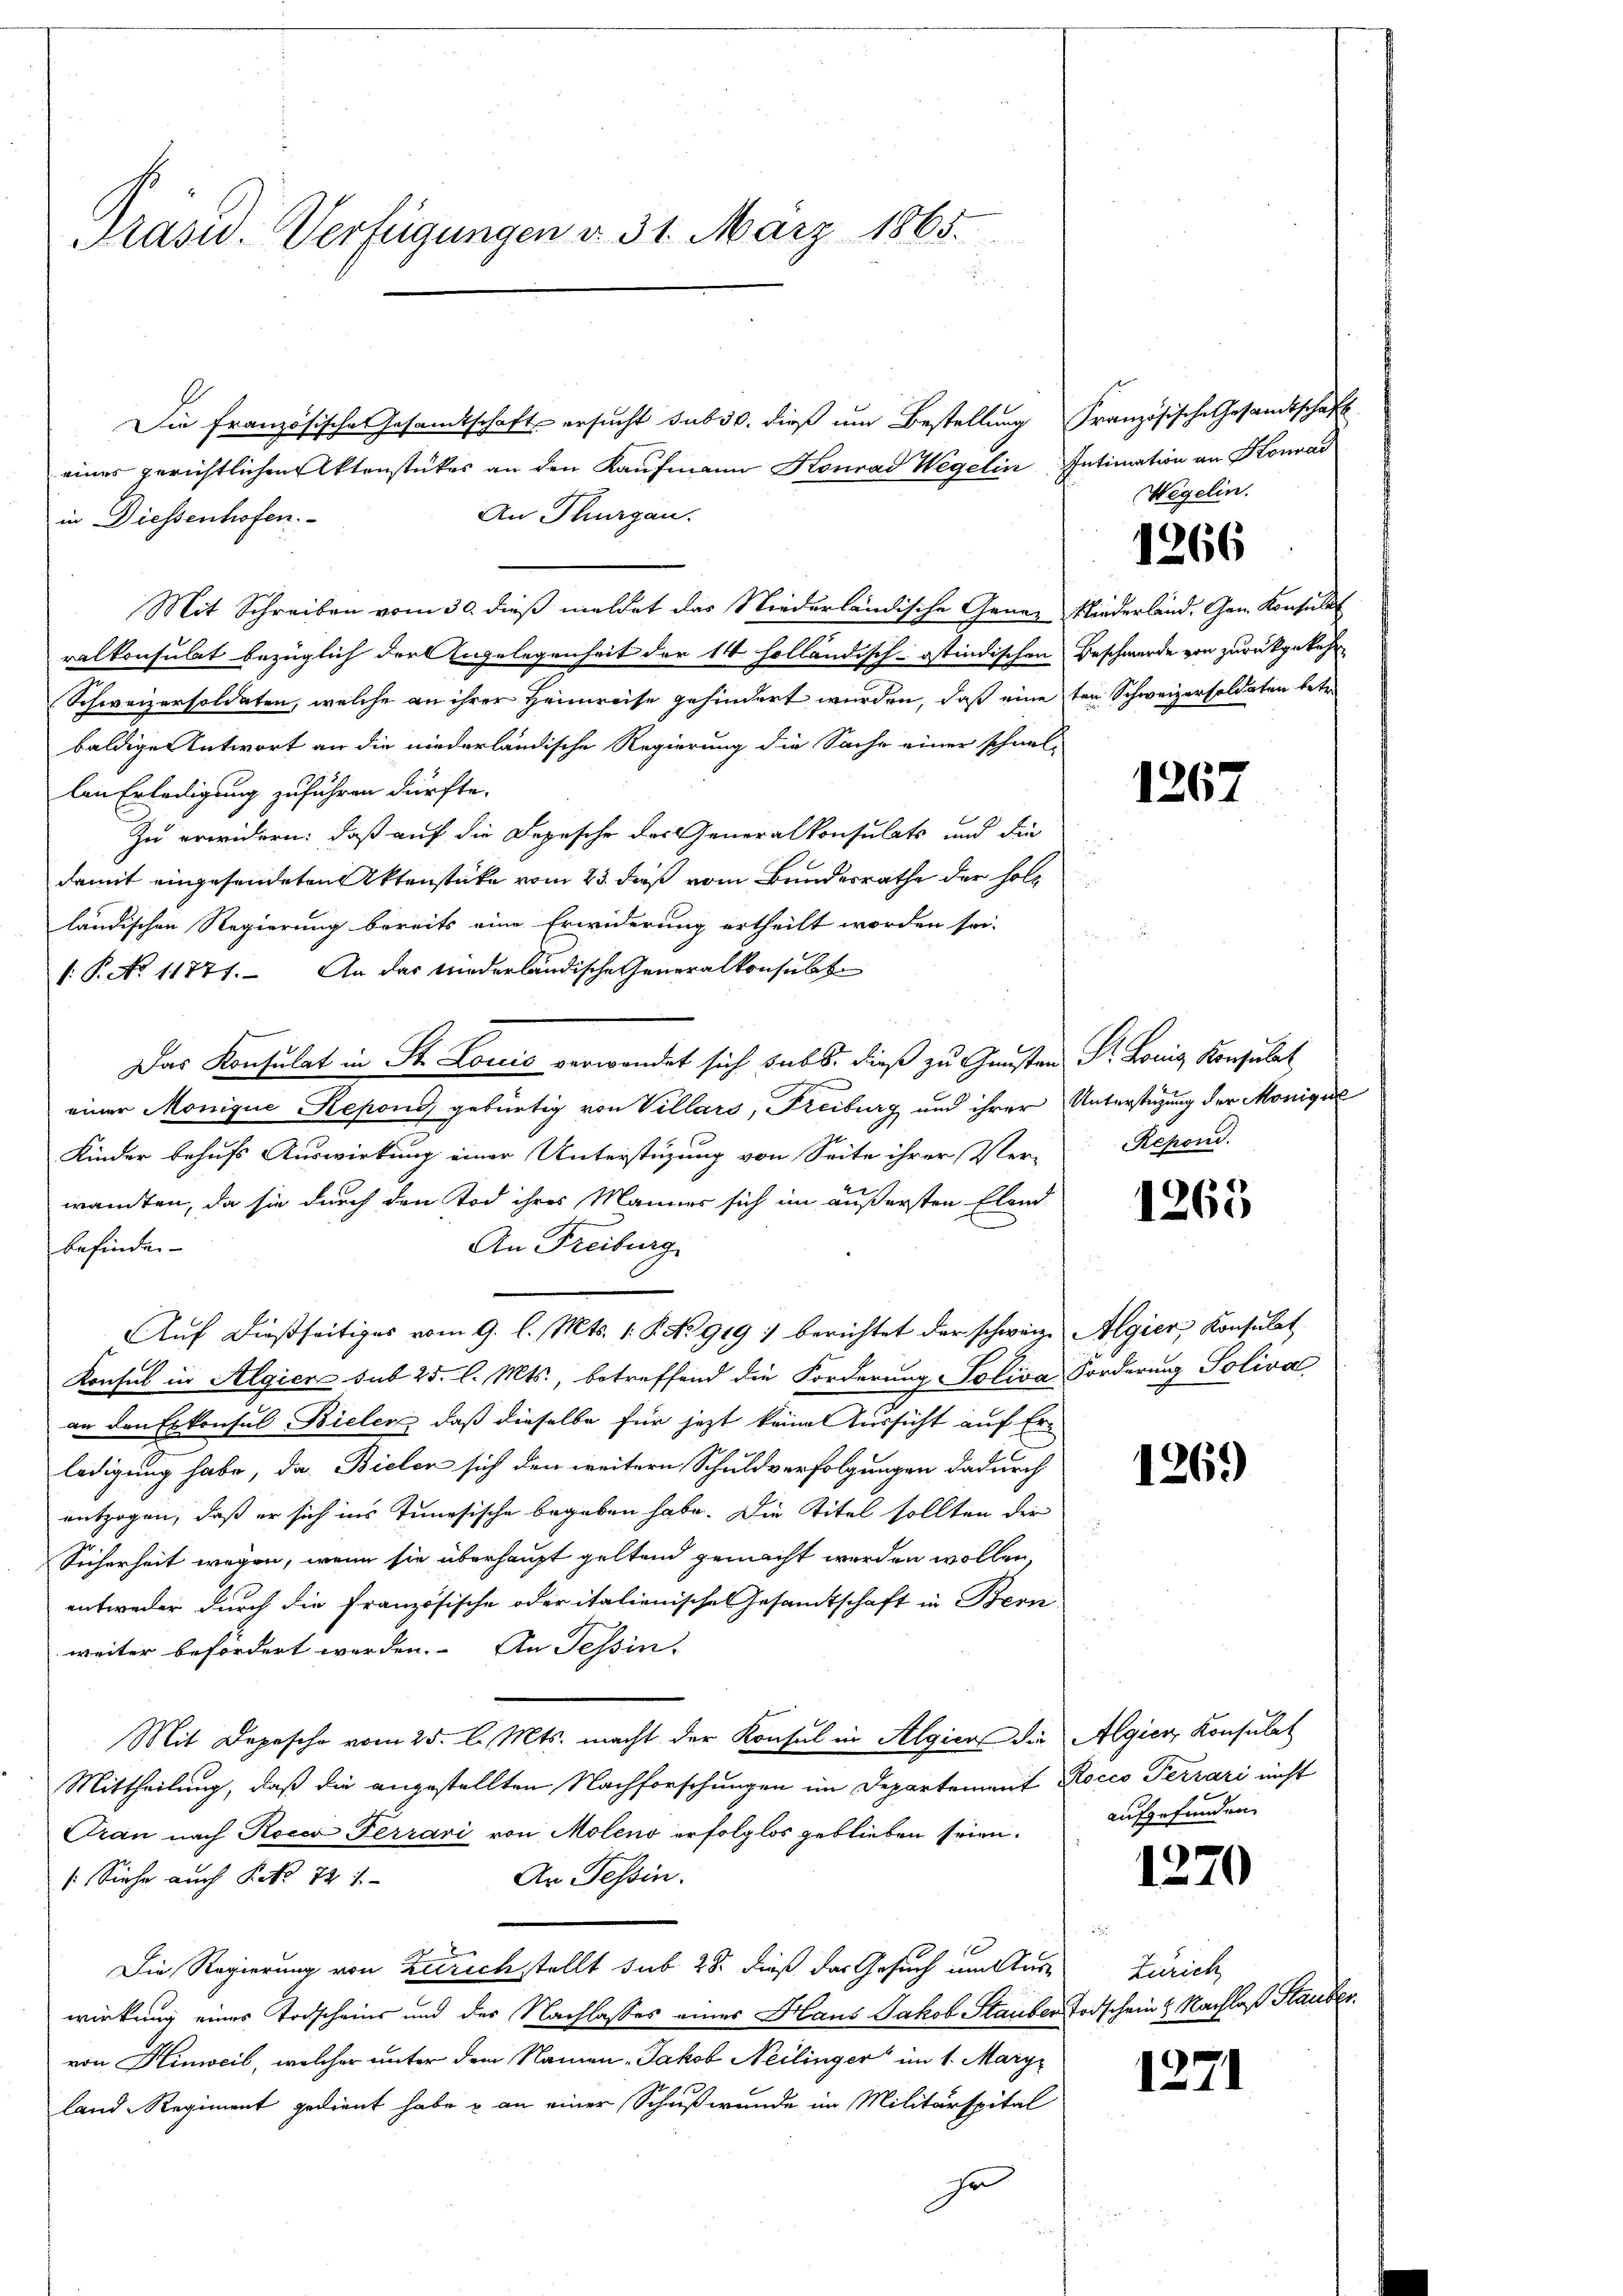
Präsid. Verfügungen d. 31. März 1865.
.

Die französische Gesamtschaft ersucht sub 30. dieß um Bestellung Französische Gesandtschaft
eines gerichtlichen Aktenstückes an den Kaufmann Konrad Wegelin Intimation an Konnai
An Thurgau.
in Diessenhofen.
Mit Schreiben vom 30. dieß meldet das Niederländische Gener Niederland. Gen. Konsulat
ralkonsulat bezüglich der Angelegenheit der 14 holländisch-Ostindischen Beschwerde von zurückgekehr
Schweizersoldaten, welche an ihrer Heimreise gehindert wurden, daß eine ten Schweizersoldaten betr.
baldige Antwort an die niederländische Regierung die Sache einer schnel-
len Erledigung zuführen dürfte.
Zu erwidern: daß auf die Depesche der Generalkonsulats und die
damit eingesendeten Aktenstücke vom 23. daß vom Bundesrathe der holländischen Regierung bereits eine Erwiderung ertheilt worden sei.
f: P. No. 11777. An das niederländische Generalkonsult
 K   .  ..
einer Monique Repond gebürtig von Villars, Freiburg und ihrer Unterstüzung der Monique
Kinder behufs Auswirkung einer Unterstüzung von Seite ihrer Ver-
wanten, da sie durch den Tod ihres Mannes sich im äußersten Elend
befinden
An Freiburg
Auf dießseitiges vom 9. l. Mts. 1. P. No 919 : berichtet der schweiz. Algier, Konsulat
Konsul in Algiere sub 25. l. Mts., betreffend die Forderung Soliva Forderung Soliva
an den Erkonsul Bielen, daß dieselbe für jezt keine Aussicht auf Erledigung habe, das Bielen sich den weitern Schuldverfolgungen dadurch
entzogen, daß er sich ins Tunesische begeben habe. Die Titel sollten der
Sicherheit wegen, wenn sie überhaupt geltend gemacht werden wollen,
entweder durch die Französische oder italienische Gesandtschaft in Bern
weiter befördert werden. An Tessin.
Mit Depesche vom 25. l. Mts. macht der Konsul in Algier die Algien Konsulat
Mittheilung, daß die angestellten Nachforschungen im Departement Rocco Terrari nicht
Oran nach Rocco Ferrari von Moleno erfolglos geblieben seien.
Ar Tessin.
(Siehe auch P. Nr. 721.
t
Die Regierung von Zürich stellt sub 28. dieß das Gesuch um Auswirkung eines Todscheins und der Nachlasses eines Haus Jakob Stauben Todschein & Nachlaß Stauber
von Hinweil, welcher unter dem Namen Jakob Neilinger im 1. Marz
land-Regiment gedient habe & an einer Schußwunde im Militärspital
ja

Wegelin.

1266

1267

Repond.

1263

1269)

aufgefunden.

1270

Zürich

1271